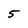
Character: 5